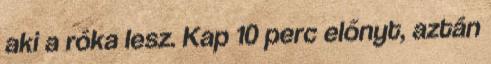
aki a róka lesz. Kap 10 perc előnyt, aztán